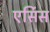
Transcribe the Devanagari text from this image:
एर्सिस